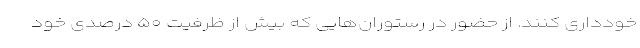
خودداری کنند. از حضور در رستوران‌هایی که بیش از ظرفیت ۵۰ درصدی خود